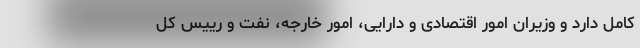
کامل دارد و وزیران امور اقتصادی و دارایی، امور خارجه، نفت و رییس کل